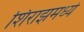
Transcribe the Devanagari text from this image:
शिराझमध्ये